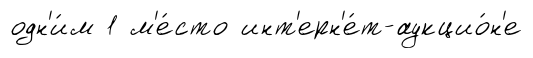
одн'и́м 1 м'е́сто инт'ерн'е́т-аукцио́н'е